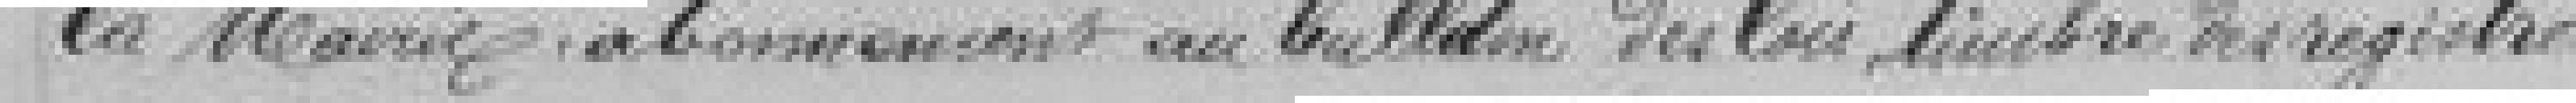
la Mairie, abonnement au bulletin des lois, timbre des registres